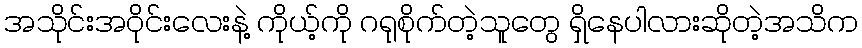
အသိုင်းအဝိုင်းလေးနဲ့ ကိုယ့်ကို ဂရုစိုက်တဲ့သူတွေ ရှိနေပါလားဆိုတဲ့အသိက